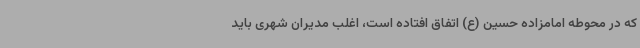
که در محوطه امامزاده حسین (ع) اتفاق افتاده است، اغلب مدیران شهری باید